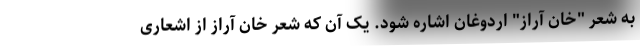
به شعر "خان آراز" اردوغان اشاره شود. یک آن که شعر خان آراز از اشعاری